Lunatic asylums Central Provinces reports 1886-1894 - 1886-1894
Year: 1886
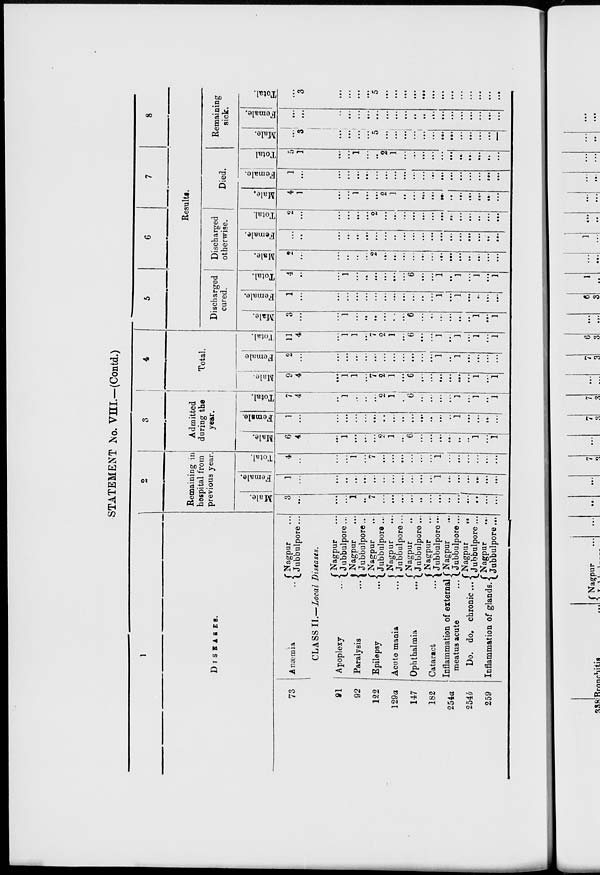
STATEMENT No. VIII—(Contd.)
1
DISEASES.
73
Anæmia ...
Nagpur ...
Jubbulpore ...
CLASS II.—Local Diseases.
91
92
122
129a
147
182
254a
254b
259
Apoplexy ...
Paralysis ...
Epilepsy ...
Acute mania ...
Ophthalmia ...
Cataract ...
Inflammation of external
meatus acute ...
Do. do. chronic ...
Inflammation of glands.
Nagpur ...
Jubbulpore ...
Nagpur ...
Jubbulpore ...
Nagpur ...
Jubbulpore ...
Nagpur ...
Jubbulpore ...
Nagpur ...
Jubbulpore ...
Nagpur ...
Jubbulpore ...
Nagpur ...
Jubbulpore ...
Nagpur
...
Jubbulpore ...
Nagpur ...
Jubbulpore ...
2
Remaining in
hospital from
previous year.
Male.
3
...
...
...
1
...
7
...
...
...
...
...
...
...
...
...
...
...
...
...
Female.
1
...
...
...
...
...
...
...
...
...
...
...
...
1
...
...
...
...
...
...
Total.
4
...
...
...
1
...
7
...
...
...
...
...
...
1
...
...
...
...
...
...
3
Admitted
during the
year.
Male.
6
4
...
1
...
...
...
2
1
...
6
...
...
...
...
...
...
1
...
1
Female.
1
...
...
...
...
...
...
...
...
...
...
...
...
...
...
1
...
...
...
...
Total.
7
4
...
1
...
...
...
2
1
...
6
...
...
...
...
3
...
1
...
1
4
Total.
Male.
9
4
...
1
1
...
7
2
1
...
6
.. .
...
...
...
...
...
1
...
1
Female
2
...
...
...
...
...
...
...
...
...
...
...
...
1
...
1
...
...
...
...
Total.
11
4
...
1
1
...
7
2
1
...
6
...
...
1
...
1
...
1
...
1
5
6
7
8
Results.
Discharged
cured.
Male.
3
...
...
1
...
...
...
...
...
...
6
...
...
...
...
...
...
1
...
1
Female.
1
.. .
...
...
...
...
...
...
...
...
...
...
...
1
...
1
...
...
...
...
Total.
4
...
...
1
...
...
...
...
...
...
6
...
...
1
...
1
...
1
...
1
Discharged
otherwise.
Male.
2
...
...
...
...
...
2
...
...
...
...
...
...
...
...
...
...
...
...
...
Female.
...
...
...
...
...
...
...
...
...
...
...
...
...
...
...
...
...
...
...
...
Total.
2
...
...
...
...
...
2
...
...
...
...
...
...
...
...
...
...
...
...
...
Died.
Male.
4
1
...
...
1
...
...
2
1
...
...
...
...
...
...
...
...
...
...
...
Female.
1
...
...
...
...
...
...
...
...
...
...
...
...
...
...
...
...
...
...
...
Total
5
1
...
...
1
...
...
2
1
...
...
...
...
...
...
...
...
...
...
...
Remaining
sick.
Male.
...
3
...
...
...
...
5
...
...
...
...
...
...
...
...
...
...
...
...
...
Female.
...
...
...
...
...
...
...
...
...
...
...
...
...
...
...
...
...
...
...
...
Total.
...
3
...
...
...
...
...
...
...
...
...
...
...
...
...
...
...
...
...
...